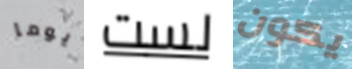
يوما لست يكون